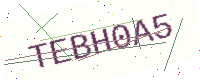
Text: TEBH0A5